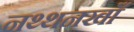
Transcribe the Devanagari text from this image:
नथ्थनखाँ